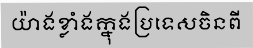
យ៉ាងខ្លាំងក្នុងប្រទេសចិនពី